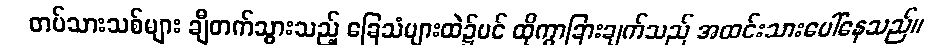
တပ်သားသစ်များ ချီတက်သွားသည့် ခြေသံများထဲ၌ပင် ထိုကွာခြားချက်သည် အထင်းသားပေါ်နေသည်။